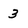
Character: 3